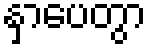
နှာပေတွာ